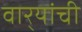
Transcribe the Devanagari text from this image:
वार्‍यांची